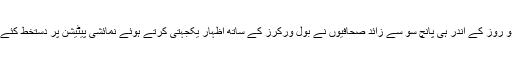
دو روز کے اندر ہی پانچ سو سے زائد صحافیوں نے بول ورکرز کے ساتھ اظہار یکجہتی کرتے ہوئے نمائشی پیٹیشن پر دستخط کئے ۔